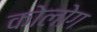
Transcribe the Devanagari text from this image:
कोलोग